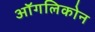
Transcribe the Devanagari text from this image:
ऑगलिकोन